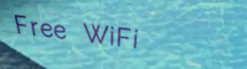
Free WiFi